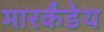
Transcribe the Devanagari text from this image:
मारर्कंडेय